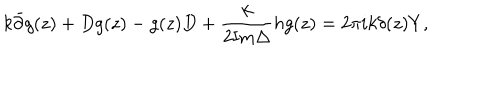
LaTeX: k \bar { \partial } g ( z ) + D g ( z ) - g ( z ) D + \frac { k } { 2 { \mathrm { I m } } \Delta } h g ( z ) = 2 \pi i k \delta ( z ) Y ,